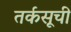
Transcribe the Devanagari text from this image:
तर्कसूची